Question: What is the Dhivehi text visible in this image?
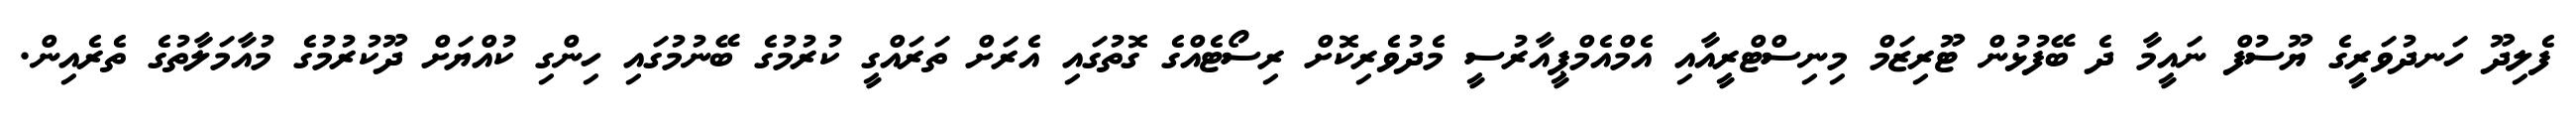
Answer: ފެލިދޫ ހަނދުވަރީގެ ޔޫސުފް ނައީމާ ދެ ބޭފުޅުން ޓޫރިޒަމް މިނިސްޓްރީއާއި އެމްއެމްޕީއާރުސީ މެދުވެރިކޮށް ރިސޯޓެއްގެ ގޮތުގައި އެރަށް ތަރައްގީ ކުރުމުގެ ބޭނުމުގައި ހިންގި ކުއްޔަށް ދޫކުރުމުގެ މުއާމަލާތުގެ ތެރެއިން.